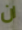
ان